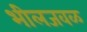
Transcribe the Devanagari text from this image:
भीलजवळ